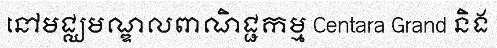
នៅមជ្ឈមណ្ឌលពាណិជ្ជកម្ម Centara Grand និង